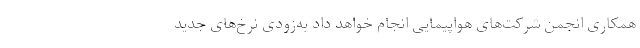
همکاری انجمن شرکت‌های هواپیمایی انجام خواهد داد به‌زودی نرخ‌های جدید